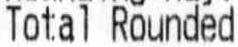
TOTAL ROUNDED